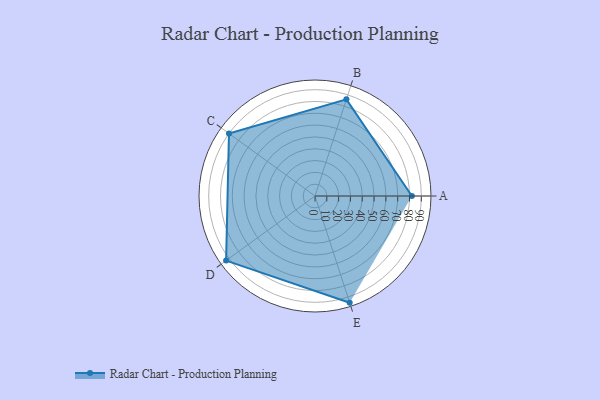
{"axis": {"x": "Skill", "y": "Score"}, "legend": ["Profile"], "data": [{"x": "A", "y": 82.0, "type": "Profile"}, {"x": "B", "y": 86.0, "type": "Profile"}, {"x": "C", "y": 90.0, "type": "Profile"}, {"x": "D", "y": 93.0, "type": "Profile"}, {"x": "E", "y": 95.0, "type": "Profile"}]}